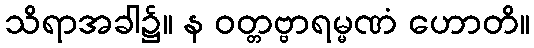
သိရာအခါ၌။ န ဝတ္တဗ္ဗာရမ္မဏံ ဟောတိ။